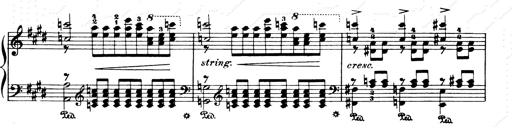
Title: Consolations and LiebestrÃ¤ume for the Piano
Composer: Franz Liszt